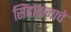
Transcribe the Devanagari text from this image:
सिंहासनाचे